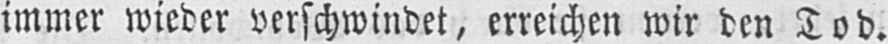
immer wieder verschwindet, erreichen wir den Tod.